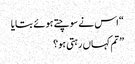
“ اس نے سوچتے ہوئے بتایا
” تم کہاں رہتی ہو؟